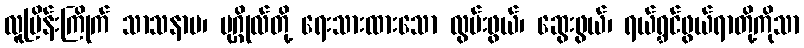
လူပြိန်းကြိုက် သာသနာပ၊ ပုဂ္ဂိုလ်တို့ ရေးသားထားသော လွမ်းဖွယ်၊ ဆွေးဖွယ်၊ ရယ်ရွှင်ဖွယ်ရာတို့ကိုသာ